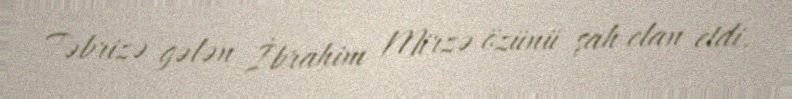
Təbrizə gələn İbrahim Mirzə özünü şah elan etdi.